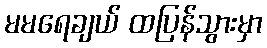
မမရေချယ် ထပြန်သွားမှာ